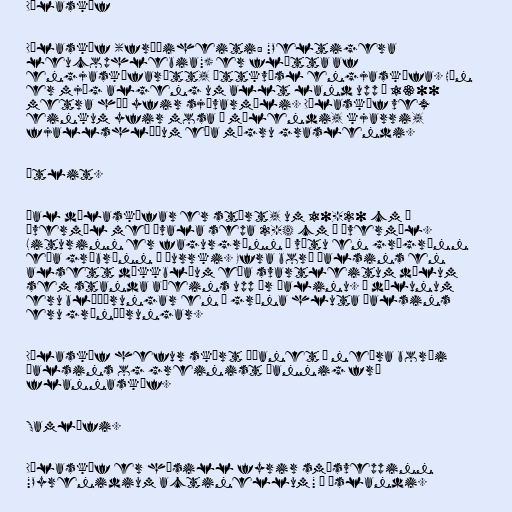
Dílaskóf

Dílaskóf (fræðiheiti: "Peltigera
leucophlebia") er flétta af
engjaskófarætt, ættkvísl engjaskófa. Hún
er mjög algeng um allt land upp í 1300
metra hæð yfir sjávarmáli. Dílaskóf vex
einkum yfir mosa í mólendi, kjarri,
fjallshlíðum eða mögru graslendi.

Útlit.

Þal dílaskófar er stórt, um 10-20 cm í
þvermál með ávala sepa 2-4 cm í þvermál.
Liturinn er fagurgrænn í vætu en grágrænn
eða grábrúnn í þurrki. Efra borð þalsins en
alsett dökkbláum eða svartleitum dílum
sem standa aðeins upp úr þalinu. Í dílunum
eru bláþörungar en í græna hluta þalsins
eru grænþörungar.

Dílaskóf hefur skýrt æðanet á neðra borði
þalsins og greinist þannig frá
flannaskóf.

Samlífi.

Dílaskóf er hýsill fyrir smásveppinn
"Pyrenidium actinellum" á Íslandi.